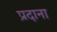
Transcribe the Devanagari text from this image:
प्रदाना